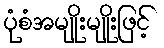
ပုံစံအမျိုးမျိုးဖြင့်